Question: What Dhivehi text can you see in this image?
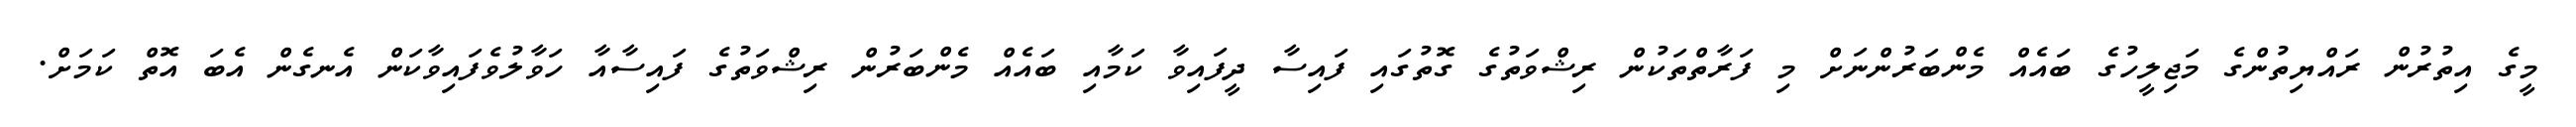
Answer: މީގެ އިތުރުން ރައްޔިތުންގެ މަޖިލީހުގެ ބައެއް މެންބަރުންނަށް މި ފަރާތްތަކުން ރިޝްވަތުގެ ގޮތުގައި ފައިސާ ދީފައިވާ ކަމާއި ބައެއް މެންބަރުން ރިޝްވަތުގެ ފައިސާއާ ހަވާލުވެފައިވާކަން އެނގެން އެބަ އޮތް ކަމަށް.